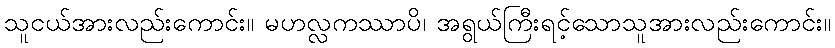
သူငယ်အားလည်းကောင်း။ မဟလ္လကဿာပိ၊ အရွယ်ကြီးရင့်သောသူအားလည်းကောင်း။